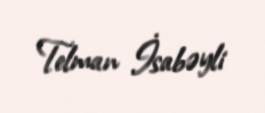
Telman İsabəyli